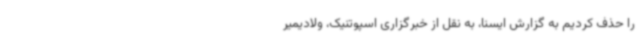
را حذف کردیم به گزارش ایسنا،‌ به نقل از خبرگزاری اسپوتنیک،‌ ولادیمیر